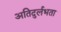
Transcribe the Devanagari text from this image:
अतिदुर्लभता